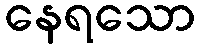
နေရသော